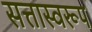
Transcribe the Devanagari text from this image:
सत्तास्वरूप